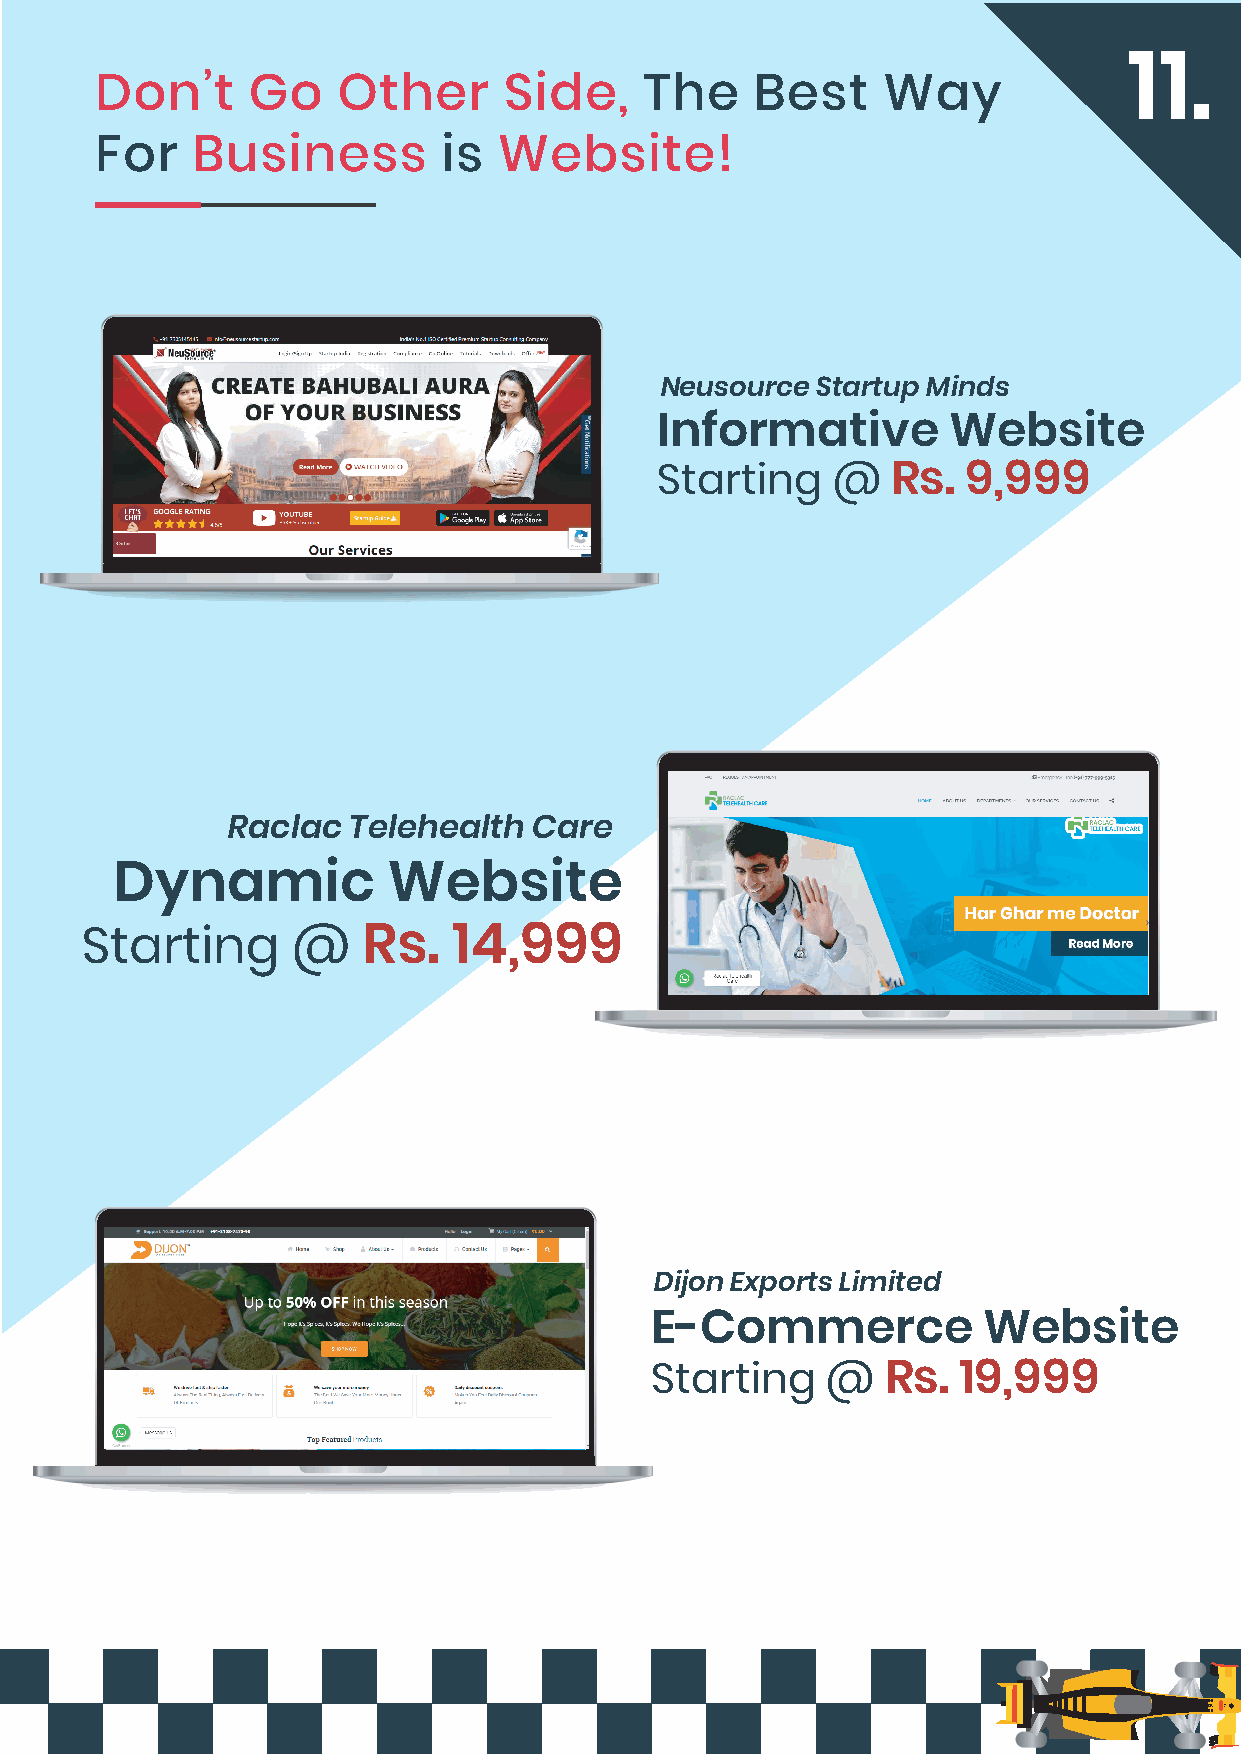
11.
 Don’t     Go    Other      Side,    The     Best    Way
 For    Business        is  Website!
 Neusource Startup Minds
 Informative         Website
 Starting    @   Rs.  9,999
 Raclac  Telehealth  Care
 Dynamic           Website
 Starting      @    Rs.   14,999
 Dijon Exports Limited
 E-Commerce            Website
 Starting    @   Rs.  19,999
 *TnC Apply